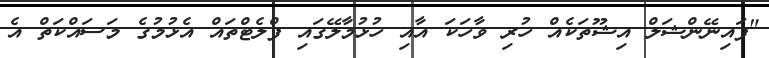
"ފައިނޭންޝަލް އިޝޫތަކެއް ހުރި ވާހަކަ އާއި ހުޅުމާލޭގައި ފްލެޓްތައް އެޅުމުގެ މަސައްކަތް އެ